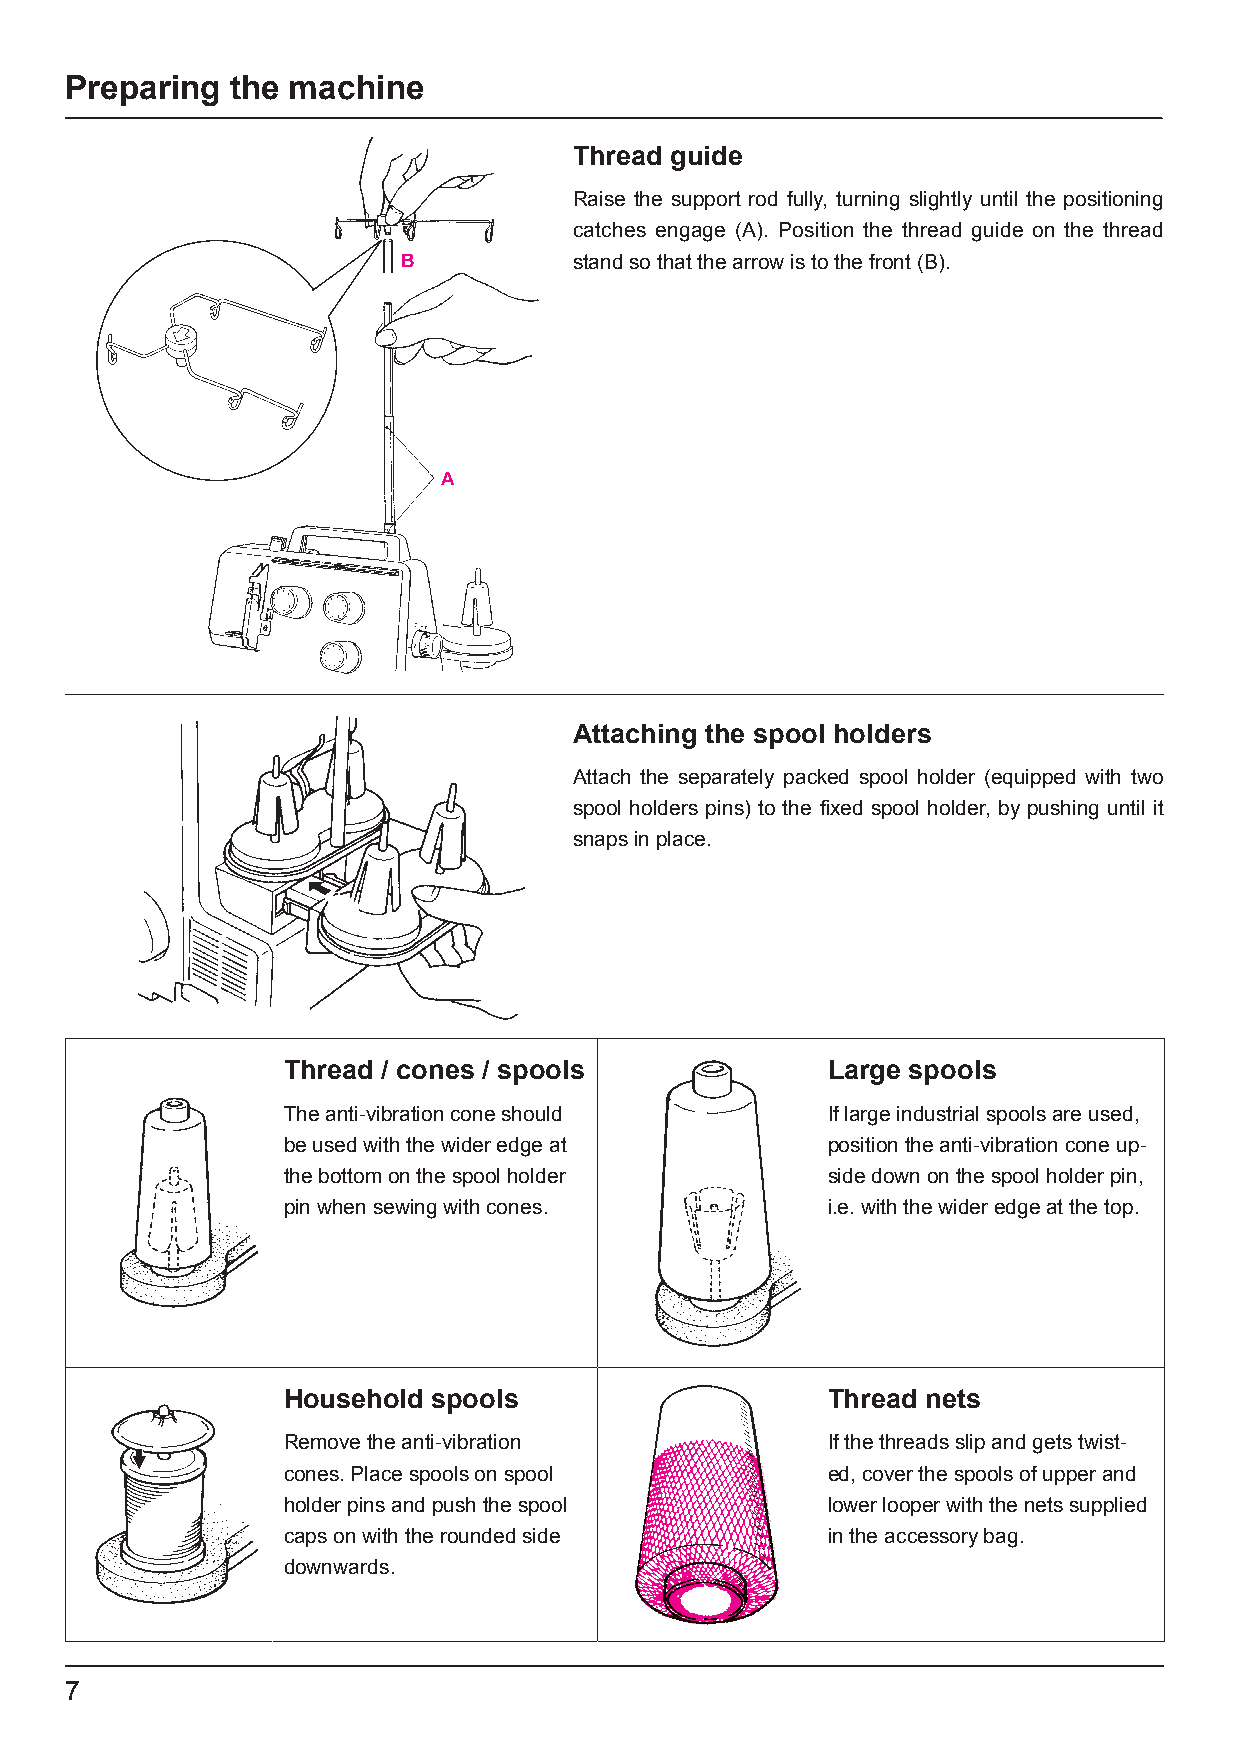
Preparing  the machine
 Thread guide
 Raise the support rod fully, turning slightly until the positioning
 catches engage (A). Position the thread guide on the thread
 B          stand so that the arrow is to the front (B).
 A
 Attaching the spool holders
 Attach the separately packed spool holder (equipped with two
 spool holders pins) to the fixed spool holder, by pushing until it
 snaps in place.
 Thread / cones / spools             Large spools
 The anti-vibration cone should      If large industrial spools are used,
 be used with the wider edge at      position the anti-vibration cone up-
 the bottom on the spool holder      side down on the spool holder pin,
 pin when sewing with cones.         i.e. with the wider edge at the top.
 Household spools                    Thread nets
 Remove the anti-vibration           If the threads slip and gets twist-
 cones. Place spools on spool        ed, cover the spools of upper and
 holder pins and push the spool      lower looper with the nets supplied
 caps on with the rounded side       in the accessory bag.
 downwards.
 7